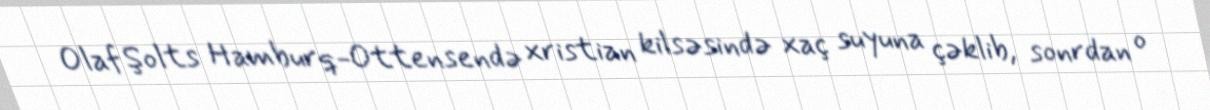
Olaf Şolts Hamburq-Ottensendə xristian kilsəsində xaç suyuna çəklib, sonrdan o